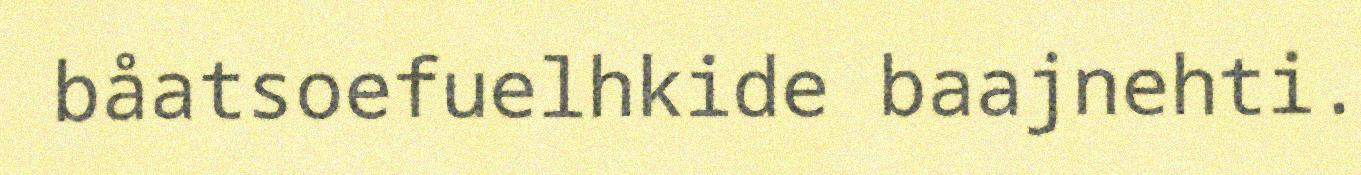
båatsoefuelhkide baajnehti.